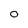
Character: 0